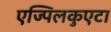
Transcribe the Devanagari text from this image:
एज्पिलकुएटा